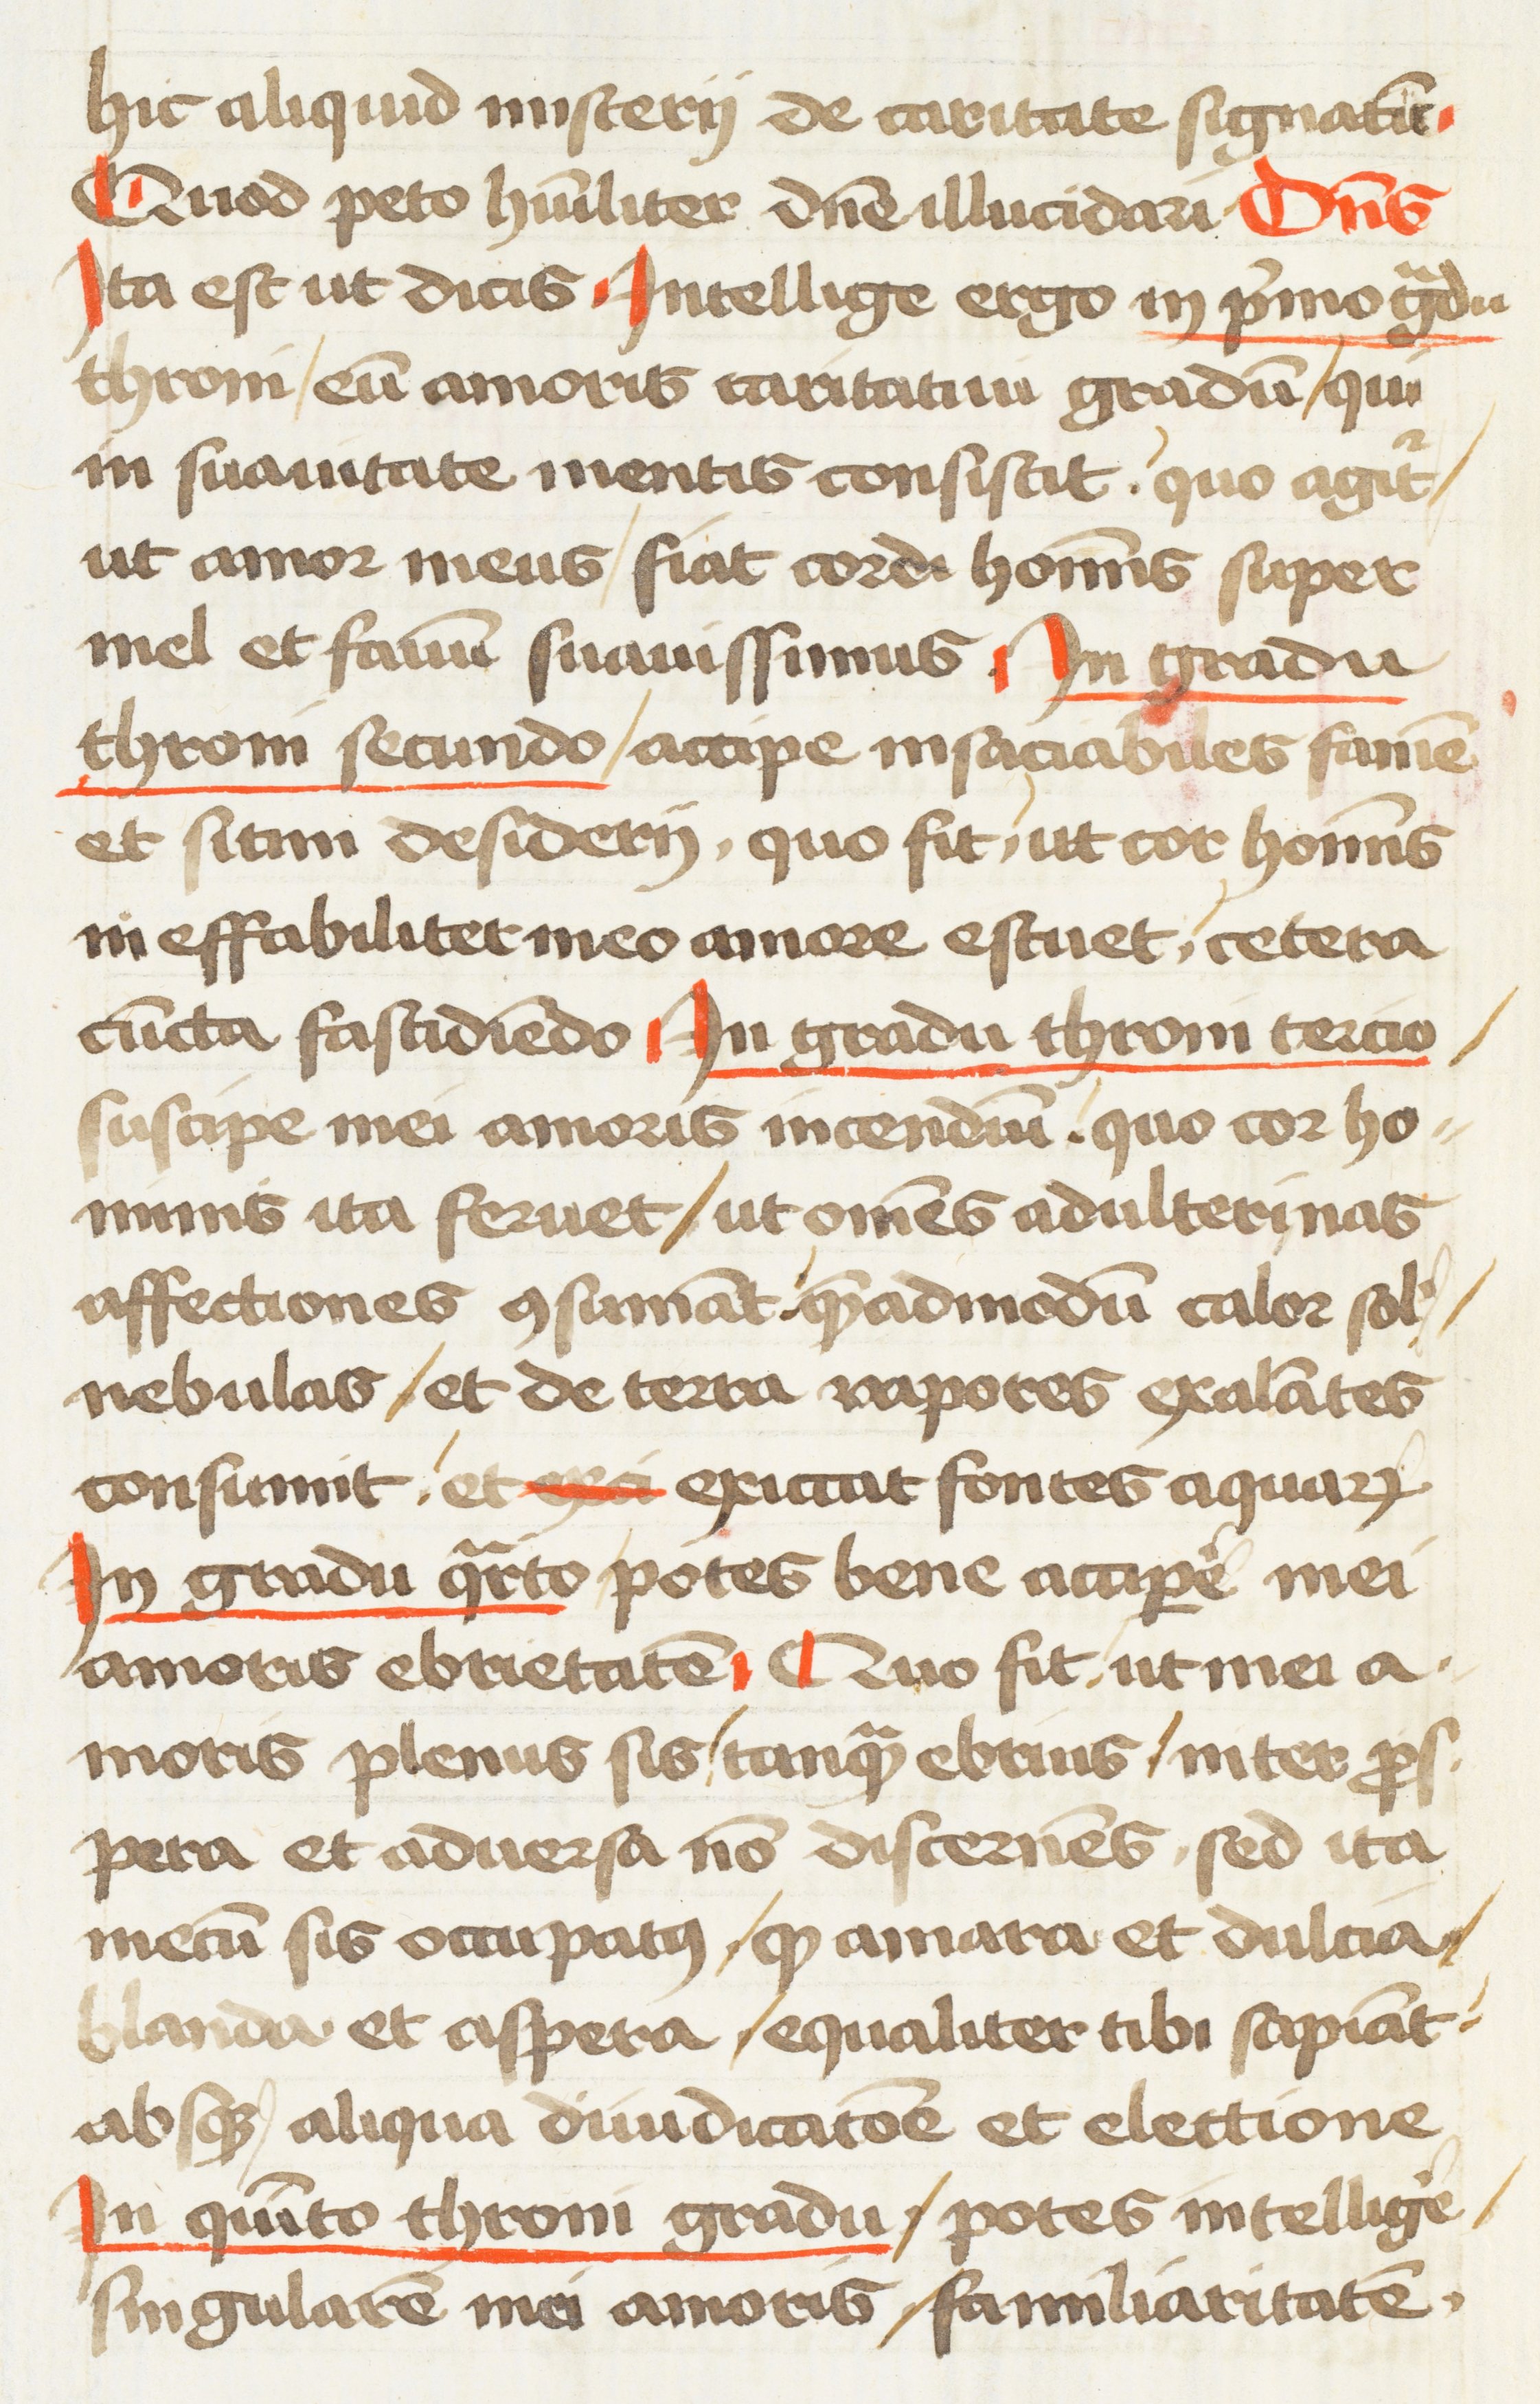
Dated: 1472–1472